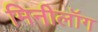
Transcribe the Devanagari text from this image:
मिनीलॉग